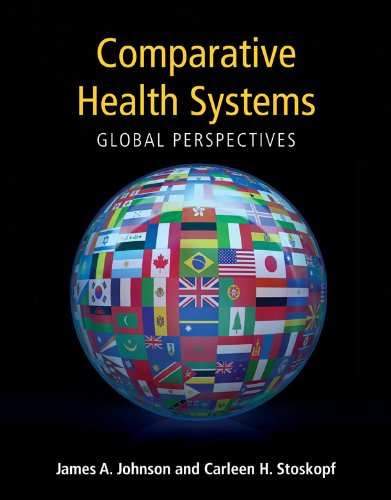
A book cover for Comparative Health Systems: Global Perspectives; James A. Johnson; Medical Books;